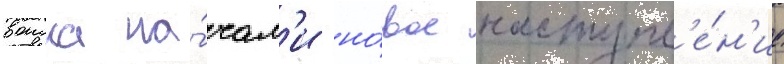
воиска на́чал'и но́вое наступл'е́н'ие